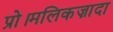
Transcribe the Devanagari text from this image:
प्रो।मलिकज़ादा